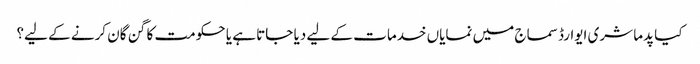
کیا پدما شری ایوارڈ سماج میں نمایاں خدمات کے لیے دیا جاتا ہے یا حکومت کا گن گان کرنے کے لیے؟